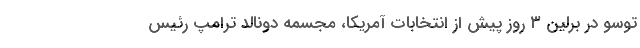
توسو در برلین ۳ روز پیش از انتخابات آمریکا، مجسمه دونالد ترامپ رئیس